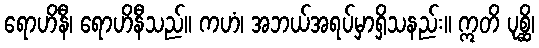
ရောဟိနီ၊ ရောဟိနီသည်။ ကဟံ၊ အဘယ်အရပ်မှာရှိသနည်း။ ဣတိ ပုစ္ဆိ၊